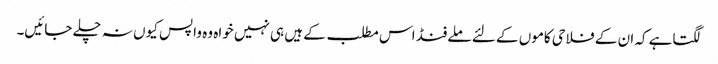
لگتاہے کہ ان کے فلاحی کاموں کے لئے ملے فنڈ اس مطلب کے ہیں ہی نہیں خواہ وہ واپس کیوں نہ چلے جائیں۔